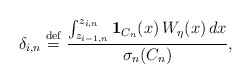
\begin{align*}\delta _{i,n}\stackrel{\rm def}{=}\frac{\int_{z_{i-1,n}}^{z_{i,n}}{\bf 1}_{C_{n}}(x)\,W_{\eta }(x)\,dx}{\sigma _{n}(C_{n})}, \end{align*}